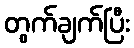
တွက်ချက်ပြီး